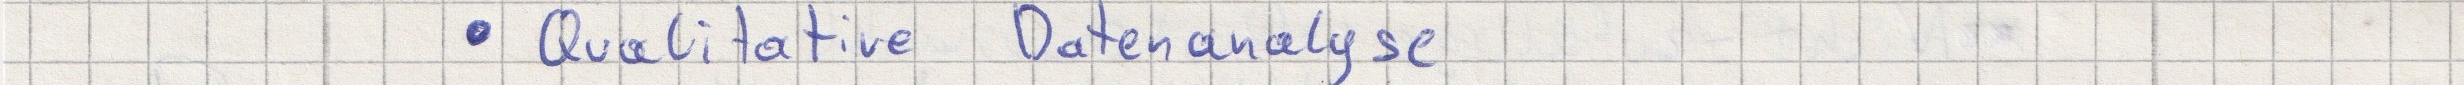
- Qualitative Datenanalyse